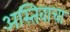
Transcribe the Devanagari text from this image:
अस्तिवाचा